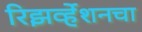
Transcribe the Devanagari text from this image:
रिझर्व्हेशनचा